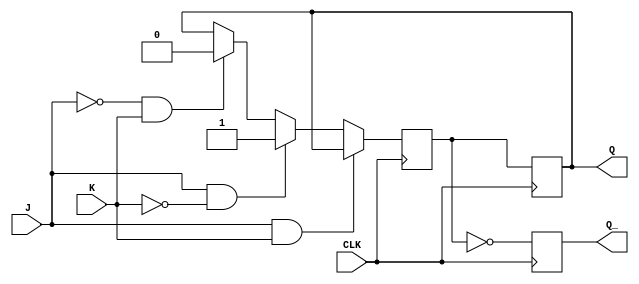
module jk_ff (
    input J,
    input K,
    input CLK,
    output reg Q,
    output reg Q_
);

reg Q_next;

always @(posedge CLK) begin
    if (J && K) begin
        Q_next <= Q;   // No change
    end else if (J && ~K) begin
        Q_next <= 1;   // Set
    end else if (~J && K) begin
        Q_next <= 0;   // Reset
    end else begin
        Q_next <= Q;   // Toggle
    end
end

always @(posedge CLK) begin
    Q <= Q_next;
    Q_ <= ~Q_next;
end

endmodule